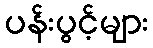
ပန်းပွင့်များ